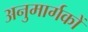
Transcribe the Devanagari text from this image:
अनुमार्गकों